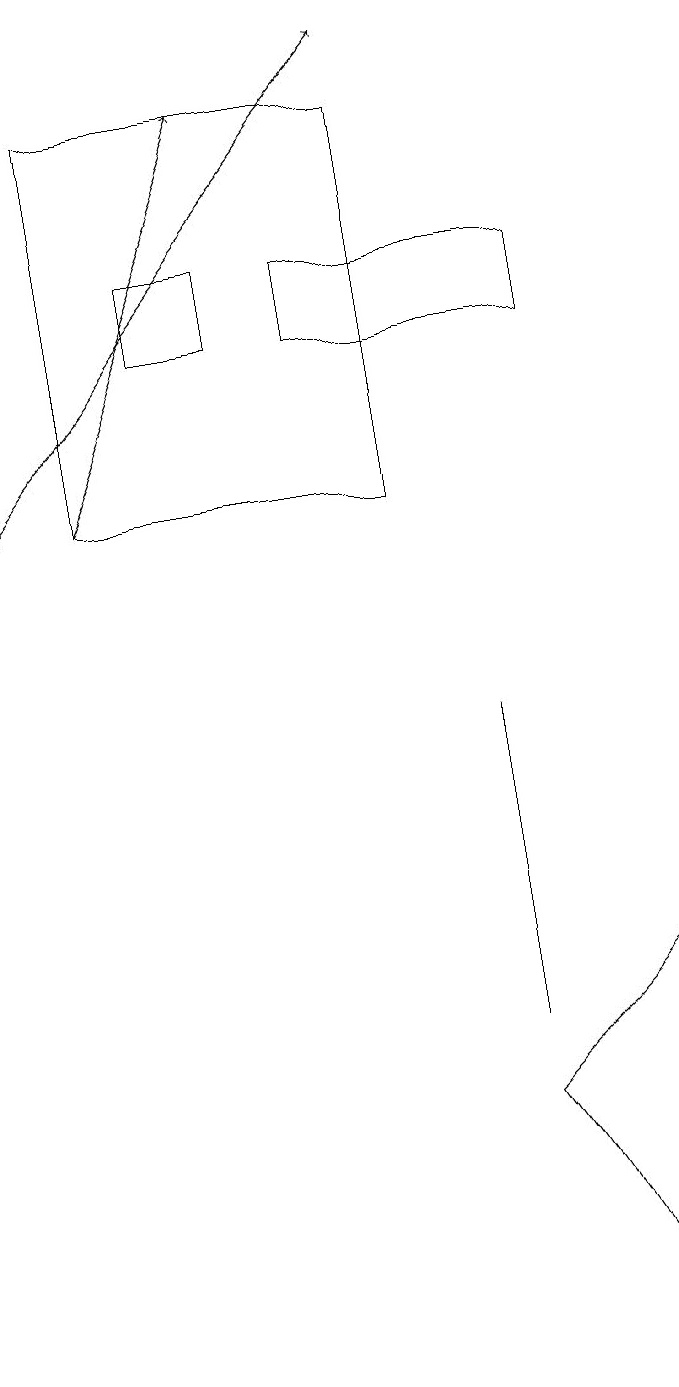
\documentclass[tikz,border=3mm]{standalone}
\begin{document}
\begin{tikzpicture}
\draw[->] (2,11) -- (4,16);
\draw (7,3) -- (9,5) -- (9,0) -- cycle;
\draw (6,16) rectangle (2,11);
\draw[->] (1,11) -- (6,17);
\draw (4,14) rectangle (3,13);
\draw (7,4) -- (7,6) -- (7,8) -- cycle;
\draw (8,14) rectangle (5,13);
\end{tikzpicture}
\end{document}